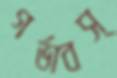
গর্ভাবস্